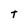
Character: T